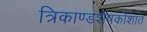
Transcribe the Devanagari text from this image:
त्रिकाण्डशेषकोशात